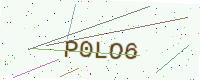
Text: P0LO6